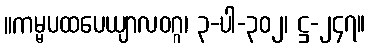
။ကမ္မပထပေယျာလဝဂ္ဂ၊ ၃-ပါ-၃၀၂၊ ဋ္ဌ-၂၄၇။